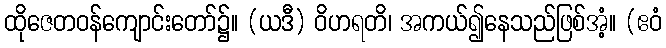
ထိုဇေတဝန်ကျောင်းတော်၌။ (ယဒီ) ဝိဟရတိ၊ အကယ်၍နေသည်ဖြစ်အံ့။ (ဧဝံ